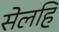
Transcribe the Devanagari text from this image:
सेलहि